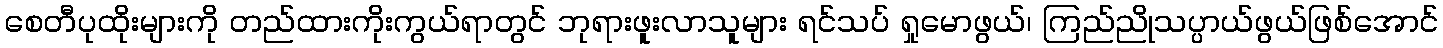
စေတီပုထိုးများကို တည်ထားကိုးကွယ်ရာတွင် ဘုရားဖူးလာသူများ ရင်သပ် ရှုမောဖွယ်၊ ကြည်ညိုသပ္ပာယ်ဖွယ်ဖြစ်အောင်